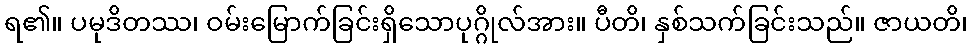
ရ၏။ ပမုဒိတဿ၊ ဝမ်းမြောက်ခြင်းရှိသောပုဂ္ဂိုလ်အား။ ပီတိ၊ နှစ်သက်ခြင်းသည်။ ဇာယတိ၊